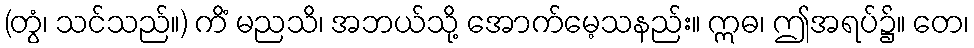
(တွံ၊ သင်သည်။) ကိံ မညသိ၊ အဘယ်သို့ အောက်မေ့သနည်း။ ဣဓ၊ ဤအရပ်၌။ တေ၊